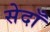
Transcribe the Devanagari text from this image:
सेदाँ